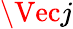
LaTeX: \Vec{j}